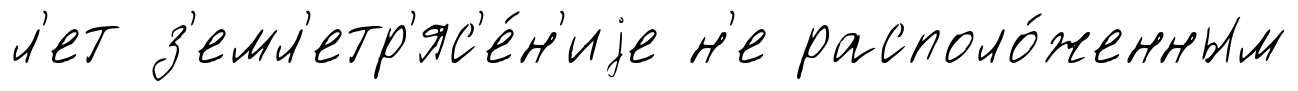
л'ет з'емл'етр'яс'е́н'иjе н'е располо́женным